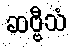
ဆဗ္ဗီသံ